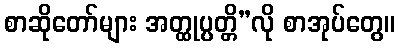
စာဆိုတော်များ အတ္ထုပ္ပတ္တိ”လို စာအုပ်တွေ။